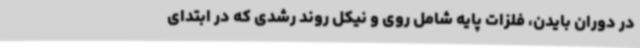
در دوران بایدن، فلزات پایه شامل روی و نیکل روند رشدی که در ابتدای